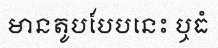
មានតូបបែបនេះ ឬធំ